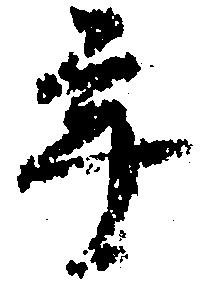
年